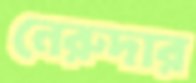
নেরুদার